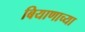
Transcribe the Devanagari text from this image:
बियाणाच्या